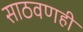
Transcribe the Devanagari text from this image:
साठवणही